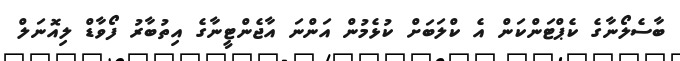
ބާސެލޯނާގެ ކެޕްޓަންކަން އެ ކްލަބަށް ކުޅެމުން އަންނަ އާޖެންޓީނާގެ އިތުބާރު ފޯވާޑް ލިއޮނަލް